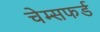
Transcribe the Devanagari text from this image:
चेम्सफर्ड